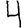
Digit: 4